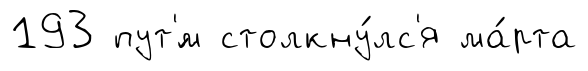
193 пут'́м столкну́лс'я ма́рта